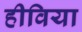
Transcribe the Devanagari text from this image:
हीविया